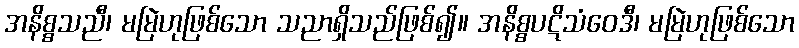
အနိစ္စသညီ၊ မမြဲဟုဖြစ်သော သညာရှိသည်ဖြစ်၍။ အနိစ္စပဋိသံဝေဒီ၊ မမြဲဟုဖြစ်သော